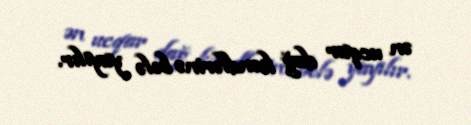
ən ucqar dağ kəndlərinə belə yayılır.